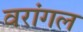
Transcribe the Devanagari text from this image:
वरांगल